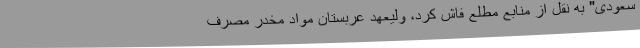
سعودی" به نقل از منابع مطلع فاش کرد، ولیعهد عربستان مواد مخدر مصرف